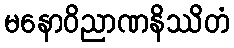
မနောဝိညာဏနိဿိတံ